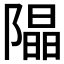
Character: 𨼗